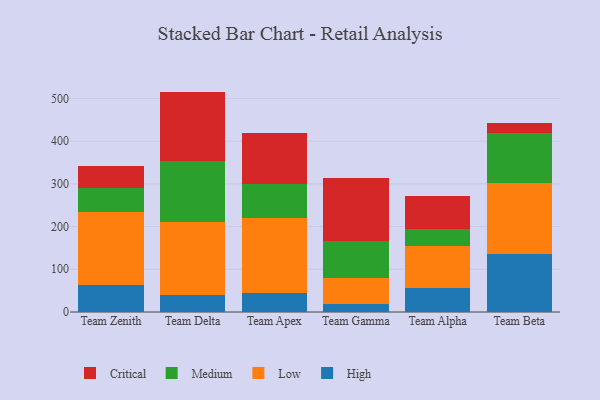
{"axis": {"x": "Team", "y": "Net Income (USD K)"}, "legend": ["Critical", "High", "Low", "Medium"], "data": [{"x": "Team Zenith", "y": 62.1, "type": "High"}, {"x": "Team Zenith", "y": 173.2, "type": "Low"}, {"x": "Team Zenith", "y": 55.9, "type": "Medium"}, {"x": "Team Zenith", "y": 51.5, "type": "Critical"}, {"x": "Team Delta", "y": 40.8, "type": "High"}, {"x": "Team Delta", "y": 170.4, "type": "Low"}, {"x": "Team Delta", "y": 141.2, "type": "Medium"}, {"x": "Team Delta", "y": 163.6, "type": "Critical"}, {"x": "Team Apex", "y": 44.4, "type": "High"}, {"x": "Team Apex", "y": 176.3, "type": "Low"}, {"x": "Team Apex", "y": 78.3, "type": "Medium"}, {"x": "Team Apex", "y": 121.1, "type": "Critical"}, {"x": "Team Gamma", "y": 19.1, "type": "High"}, {"x": "Team Gamma", "y": 61.0, "type": "Low"}, {"x": "Team Gamma", "y": 86.3, "type": "Medium"}, {"x": "Team Gamma", "y": 146.7, "type": "Critical"}, {"x": "Team Alpha", "y": 56.5, "type": "High"}, {"x": "Team Alpha", "y": 98.4, "type": "Low"}, {"x": "Team Alpha", "y": 38.4, "type": "Medium"}, {"x": "Team Alpha", "y": 77.8, "type": "Critical"}, {"x": "Team Beta", "y": 135.2, "type": "High"}, {"x": "Team Beta", "y": 166.6, "type": "Low"}, {"x": "Team Beta", "y": 118.4, "type": "Medium"}, {"x": "Team Beta", "y": 23.4, "type": "Critical"}]}